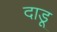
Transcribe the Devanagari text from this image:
दाडू